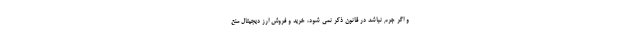
و اگر جرم نباشد در قانون ذکر نمی شود، خرید و فروش ارز دیجیتال منع